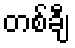
တစ်ချီ